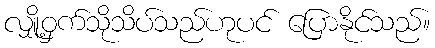
လျှို့ဝှက်သိုသိပ်သည်ဟုပင် ပြောနိုင်သည်။